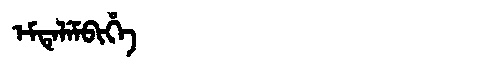
Manchu: ᡝᠮᡨᡝᠯᡝᠮᠪᡳᡥᡝ
Romanization: EMTELEMBIHE